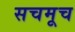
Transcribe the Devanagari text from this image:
सचमूच